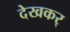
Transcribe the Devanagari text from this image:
देखकर्